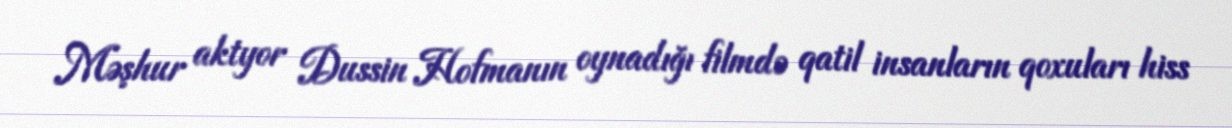
Məşhur aktyor Dussin Hofmanın oynadığı filmdə qatil insanların qoxuları hiss